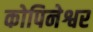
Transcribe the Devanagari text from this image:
कोपिनेश्वर